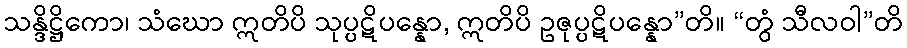
သန္ဒိဋ္ဌိကော၊ သံဃော ဣတိပိ သုပ္ပဋိပန္နော, ဣတိပိ ဥဇုပ္ပဋိပန္နော”တိ။ “တွံ သီလဝါ”တိ